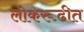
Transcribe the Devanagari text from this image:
लोकरूढीत